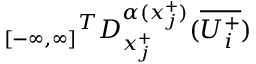
{ _ { [ - \infty , \infty ] } } ^ { T } D _ { x _ { j } ^ { + } } ^ { \alpha ( x _ { j } ^ { + } ) } ( \overline { { U _ { i } ^ { + } } } )